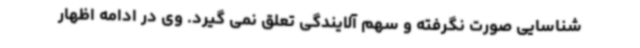
شناسایی صورت نگرفته و سهم آلایندگی تعلق نمی گیرد. وی در ادامه اظهار